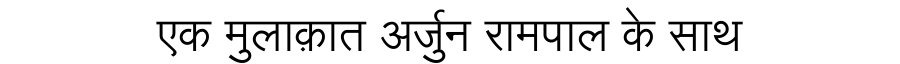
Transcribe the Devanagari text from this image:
एक मुलाक़ात अर्जुन रामपाल के साथ